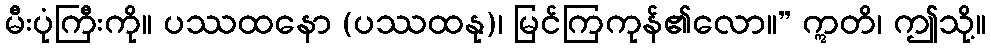
မီးပုံကြီးကို။ ပဿထနော (ပဿထနု)၊ မြင်ကြကုန်၏လော။” ဣတိ၊ ဤသို့။